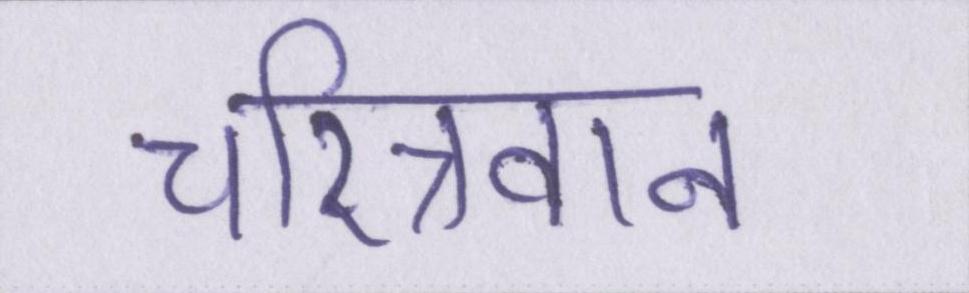
चरित्रवान